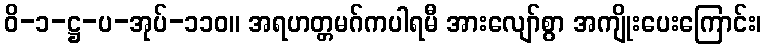
ဝိ-၁-ဋ္ဌ-ပ-အုပ်-၁၁၀။ အရဟတ္တမဂ်ကပါရမီ အားလျော်စွာ အကျိုးပေးကြောင်း၊